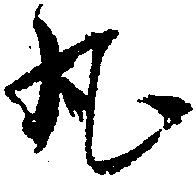
丸